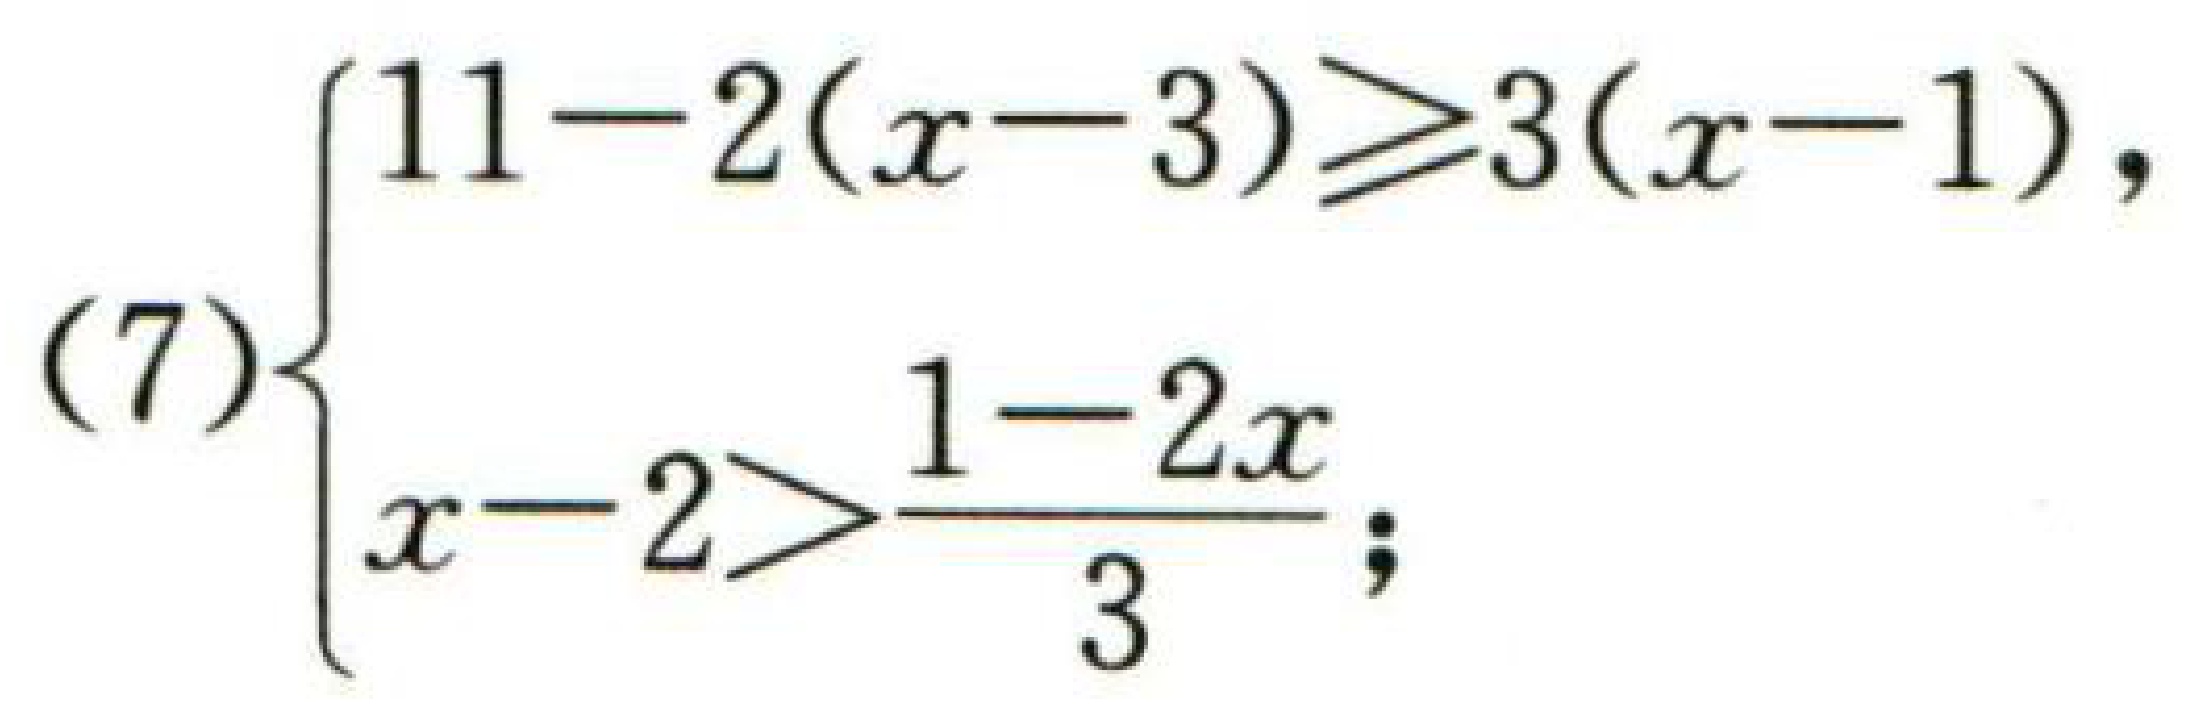
\[

(7)\left\{

\begin{array}{l}

11 - 2(x - 3) \geq 3(x - 1),\\

x - 2 > \frac{1 - 2x}{3};

\end{array}

\right.

\]